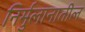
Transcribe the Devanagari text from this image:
निर्मुलानातील